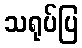
သရုပ်ပြ